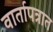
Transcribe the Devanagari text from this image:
वार्तापत्रात